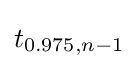
t_{0.975,n-1}